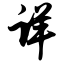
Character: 详